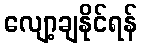
လျော့ချနိုင်ရန်